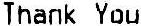
THANK YOU